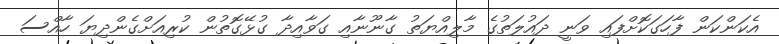
އެކަންކަން ފާހަގަކޮށްފައި ވަނީ ދައުލަތުގެ މާލިއްޔަތު ގާނޫނާއި ގަވާއިދާ ގުޅޭގޮތުން ކުރިއަށްގެންދިޔަ ހާއްސަ